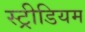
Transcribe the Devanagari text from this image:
स्ट्रीडियम